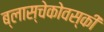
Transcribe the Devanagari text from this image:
ब्लास्चेकोवस्की